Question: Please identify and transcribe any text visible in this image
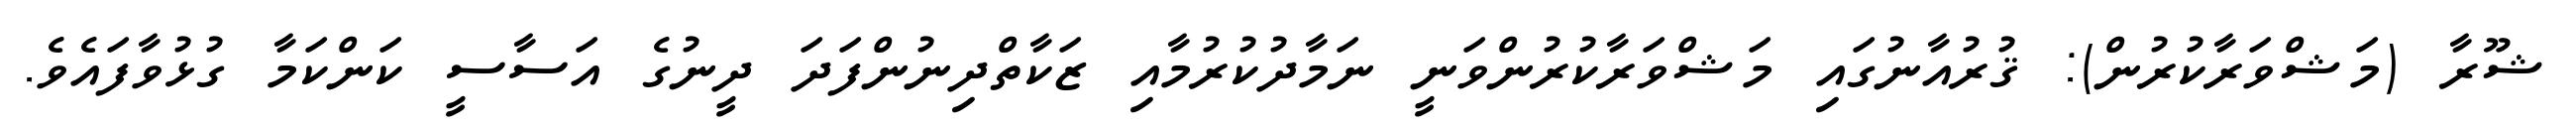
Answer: ޝޫރާ (މަޝްވަރާކުރުން): ޤުރުއާނުގައި މަޝްވަރާކުރުންވަނީ ނަމާދުކުރުމާއި ޒަކާތްދިނުންފަދަ ދީނުގެ އަސާސީ ކަންކަމާ ގުޅުވާފައެވެ.